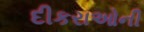
દીકરાઓની